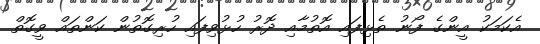
އެކަމަކު އީންގެ ފޯނު ތެޅިފައި އޮތުމާއި ދޮރު ހުޅުވިފައި ހުރިގޮތުން ކަންތައް ވީގޮތް